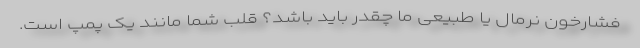
فشارخون نرمال یا طبیعی ما چقدر باید باشد؟ قلب شما مانند یک پمپ است.